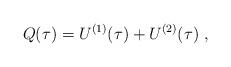
LaTeX: \begin{align*}Q(\tau) = U^{(1)} (\tau) + U^{(2)} (\tau) \ , \end{align*}